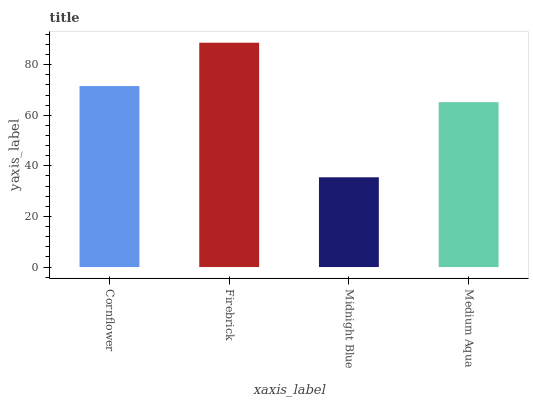
| xaxis_label | bars |
 | --- | --- |
 | Cornflower | 71.5 |
 | Firebrick | 88.7 |
 | Midnight Blue | 35.5 |
 | Medium Aqua | 65.2 |